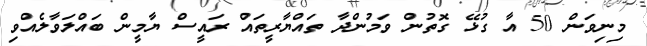
މިނިވަން 50 އާ ގުޅޭ ގޮތުން ވަމުންދާ ތައްޔާރީތައް ރައީސް ޔާމީން ބައްލަވާލެއްވި